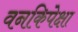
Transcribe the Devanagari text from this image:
वनकिपेक्षा